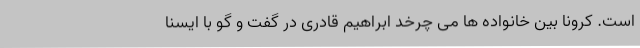
است. کرونا بین خانواده ها می چرخد ابراهیم قادری در گفت و گو با ایسنا